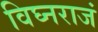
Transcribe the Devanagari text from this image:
विघ्नराजं